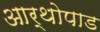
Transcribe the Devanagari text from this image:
आर्थोपाड